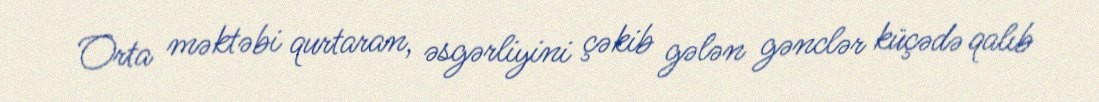
Orta məktəbi qurtaran, əsgərliyini çəkib gələn gənclər küçədə qalıb